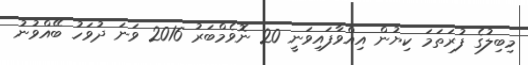
މިބިލުގެ ފުރަތަމަ ކިޔުން އިއްވާފައިވަނީ 20 ނޮވެމްބަރު 2016 ވަނަ ދުވަހު ބޭއްވުނު